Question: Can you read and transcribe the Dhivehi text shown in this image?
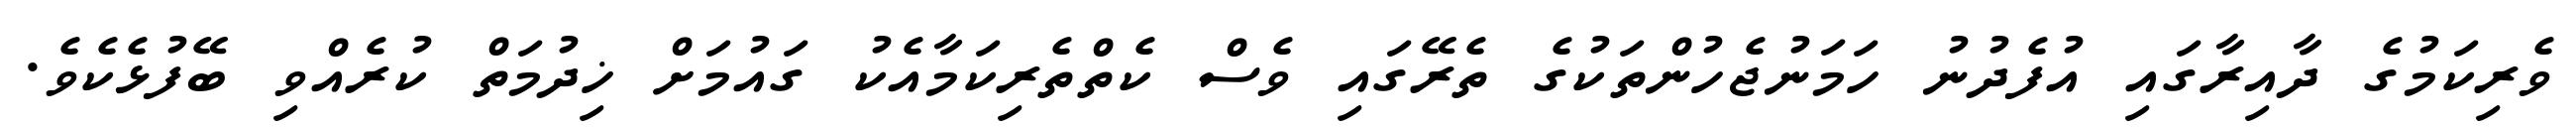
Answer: ވެރިކަމުގެ ދާއިރާގައި އުފެދުނު ހަމަނުޖެހުންތަކުގެ ތެރޭގައި ވެސް ކެތްތެރިކަމާއެކު ގައުމަށް ޚިދުމަތް ކުރެއްވި ބޭފުޅެކެވެ.